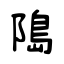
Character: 﨩